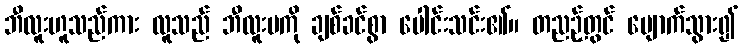
ဘီလူးဟူသည်ကား လူသည် ဘီလူးမကို ချစ်ခင်စွာ ပေါင်းသင်း၏။ တညဉ့်တွင် ပျောက်သွား၍